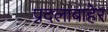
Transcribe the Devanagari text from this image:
प्रदलाबाहेर